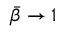
\bar { \beta } \rightarrow 1